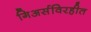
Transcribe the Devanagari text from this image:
गिअर्सविरहीत